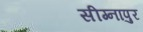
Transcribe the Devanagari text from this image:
सीग्नापुर